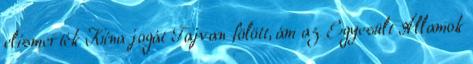
elismerték Kína jogát Tajvan fölött, ám az Egyesült Államok